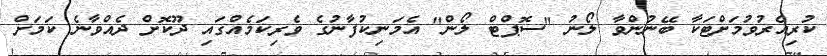
ކުރިއެރުވުމަށްޓަކާ ބޭނުންވާ ލޯނު "ސޮޕްޓް ލޯން" އެމަނިކުފާނުގެ ވެރިކަމެއްގައި ދޫކޮށް ދެއްވާނެ ކަމަށް